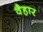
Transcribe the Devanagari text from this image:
वैहार